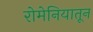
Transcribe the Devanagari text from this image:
रोमेनियातून